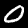
Label: 0